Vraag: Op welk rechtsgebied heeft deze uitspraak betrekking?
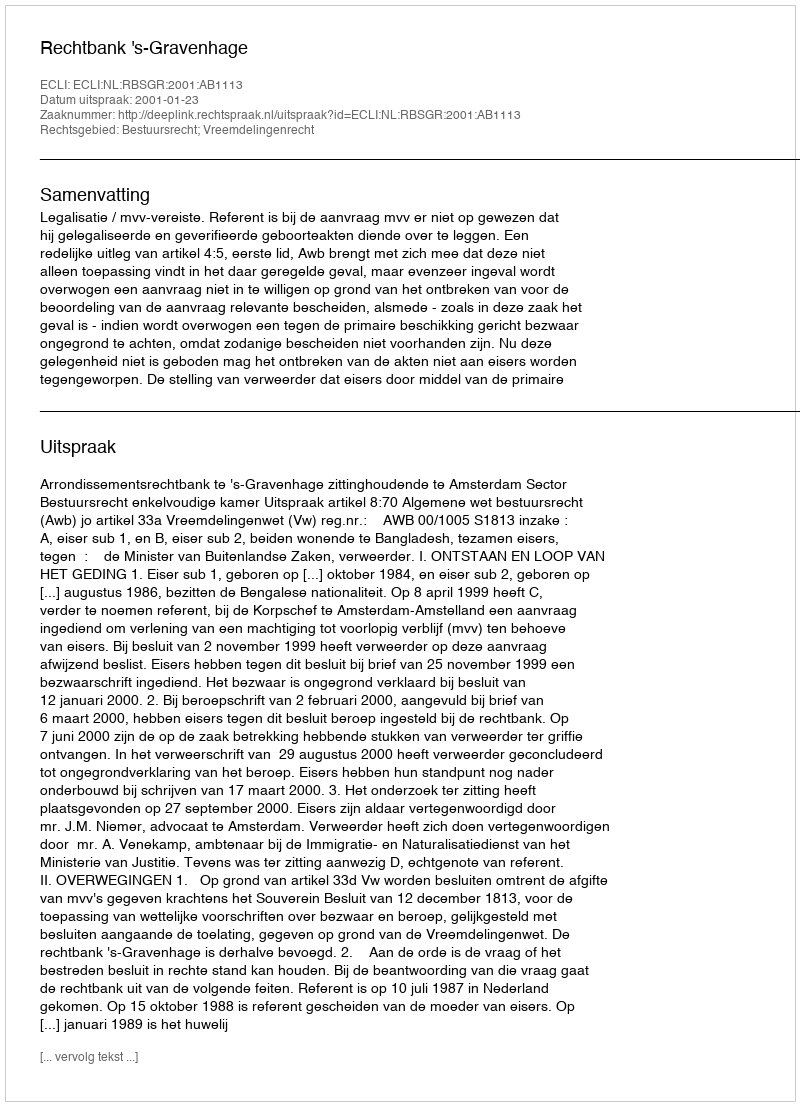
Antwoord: Bestuursrecht; Vreemdelingenrecht